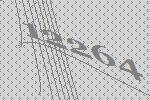
12264